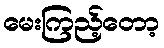
မေးကြည့်တော့